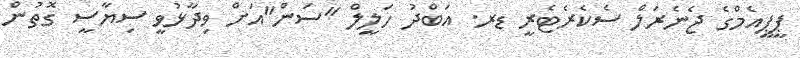
ޕީޕީއެމްގެ ޖެނެރަލް ސެކެރެޓެރީ ޑރ. އަބްދު ހަލީލް "ސަން"އަށް ވިދާޅުވީ ސިޔާސީ ގޮތުން